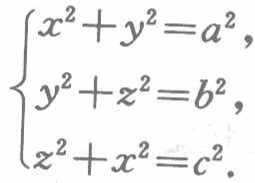
\(\begin{cases}

x^{2}+y^{2}=a^{2},\\

y^{2}+z^{2}=b^{2},\\

z^{2}+x^{2}=c^{2}.

\end{cases}\)